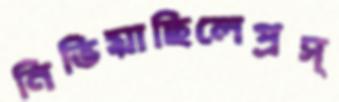
নিভিয়াছিলেপ্রস্